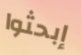
إبحثوا